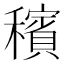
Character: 穦